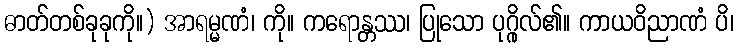
ဓာတ်တစ်ခုခုကို။) အာရမ္မဏံ၊ ကို။ ကရောန္တဿ၊ ပြုသော ပုဂ္ဂိုလ်၏။ ကာယဝိညာဏံ ပိ၊